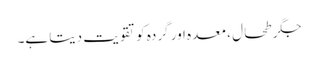
جگر طحال ، معدہ اور گردہ کو تقویت دیتا ہے۔